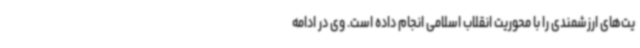
یت‌های ارزشمندی را با محوریت انقلاب اسلامی انجام داده است. وی در ادامه